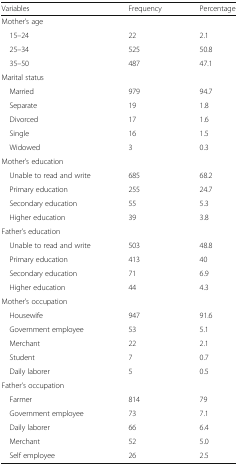
<table><thead><tr><td><b>Variables</b></td><td><b>Frequency</b></td><td><b>Percentage</b></td></tr></thead><tbody><tr><td colspan="3">Mother’s age</td></tr><tr><td> 15–24</td><td>22</td><td>2.1</td></tr><tr><td> 25–34</td><td>525</td><td>50.8</td></tr><tr><td> 35–50</td><td>487</td><td>47.1</td></tr><tr><td colspan="3">Marital status</td></tr><tr><td> Married</td><td>979</td><td>94.7</td></tr><tr><td> Separate</td><td>19</td><td>1.8</td></tr><tr><td> Divorced</td><td>17</td><td>1.6</td></tr><tr><td> Single</td><td>16</td><td>1.5</td></tr><tr><td> Widowed</td><td>3</td><td>0.3</td></tr><tr><td colspan="3">Mother’s education</td></tr><tr><td> Unable to read and write</td><td>685</td><td>68.2</td></tr><tr><td> Primary education</td><td>255</td><td>24.7</td></tr><tr><td> Secondary education</td><td>55</td><td>5.3</td></tr><tr><td> Higher education</td><td>39</td><td>3.8</td></tr><tr><td colspan="3">Father’s education</td></tr><tr><td> Unable to read and write</td><td>503</td><td>48.8</td></tr><tr><td> Primary education</td><td>413</td><td>40</td></tr><tr><td> Secondary education</td><td>71</td><td>6.9</td></tr><tr><td> Higher education</td><td>44</td><td>4.3</td></tr><tr><td colspan="3">Mother’s occupation</td></tr><tr><td> Housewife</td><td>947</td><td>91.6</td></tr><tr><td> Government employee</td><td>53</td><td>5.1</td></tr><tr><td> Merchant</td><td>22</td><td>2.1</td></tr><tr><td> Student</td><td>7</td><td>0.7</td></tr><tr><td> Daily laborer</td><td>5</td><td>0.5</td></tr><tr><td colspan="3">Father’s occupation</td></tr><tr><td> Farmer</td><td>814</td><td>79</td></tr><tr><td> Government employee</td><td>73</td><td>7.1</td></tr><tr><td> Daily laborer</td><td>66</td><td>6.4</td></tr><tr><td> Merchant</td><td>52</td><td>5.0</td></tr><tr><td> Self employee</td><td>26</td><td>2.5</td></tr></tbody></table>